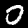
Digit: 0